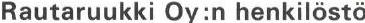
Rautaruukki Oy:n henkilöstö